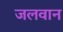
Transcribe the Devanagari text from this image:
जलवान